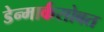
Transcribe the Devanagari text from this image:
डेन्मार्कसोबत